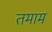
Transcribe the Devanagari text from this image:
तमाम